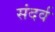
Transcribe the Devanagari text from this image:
संदर्व